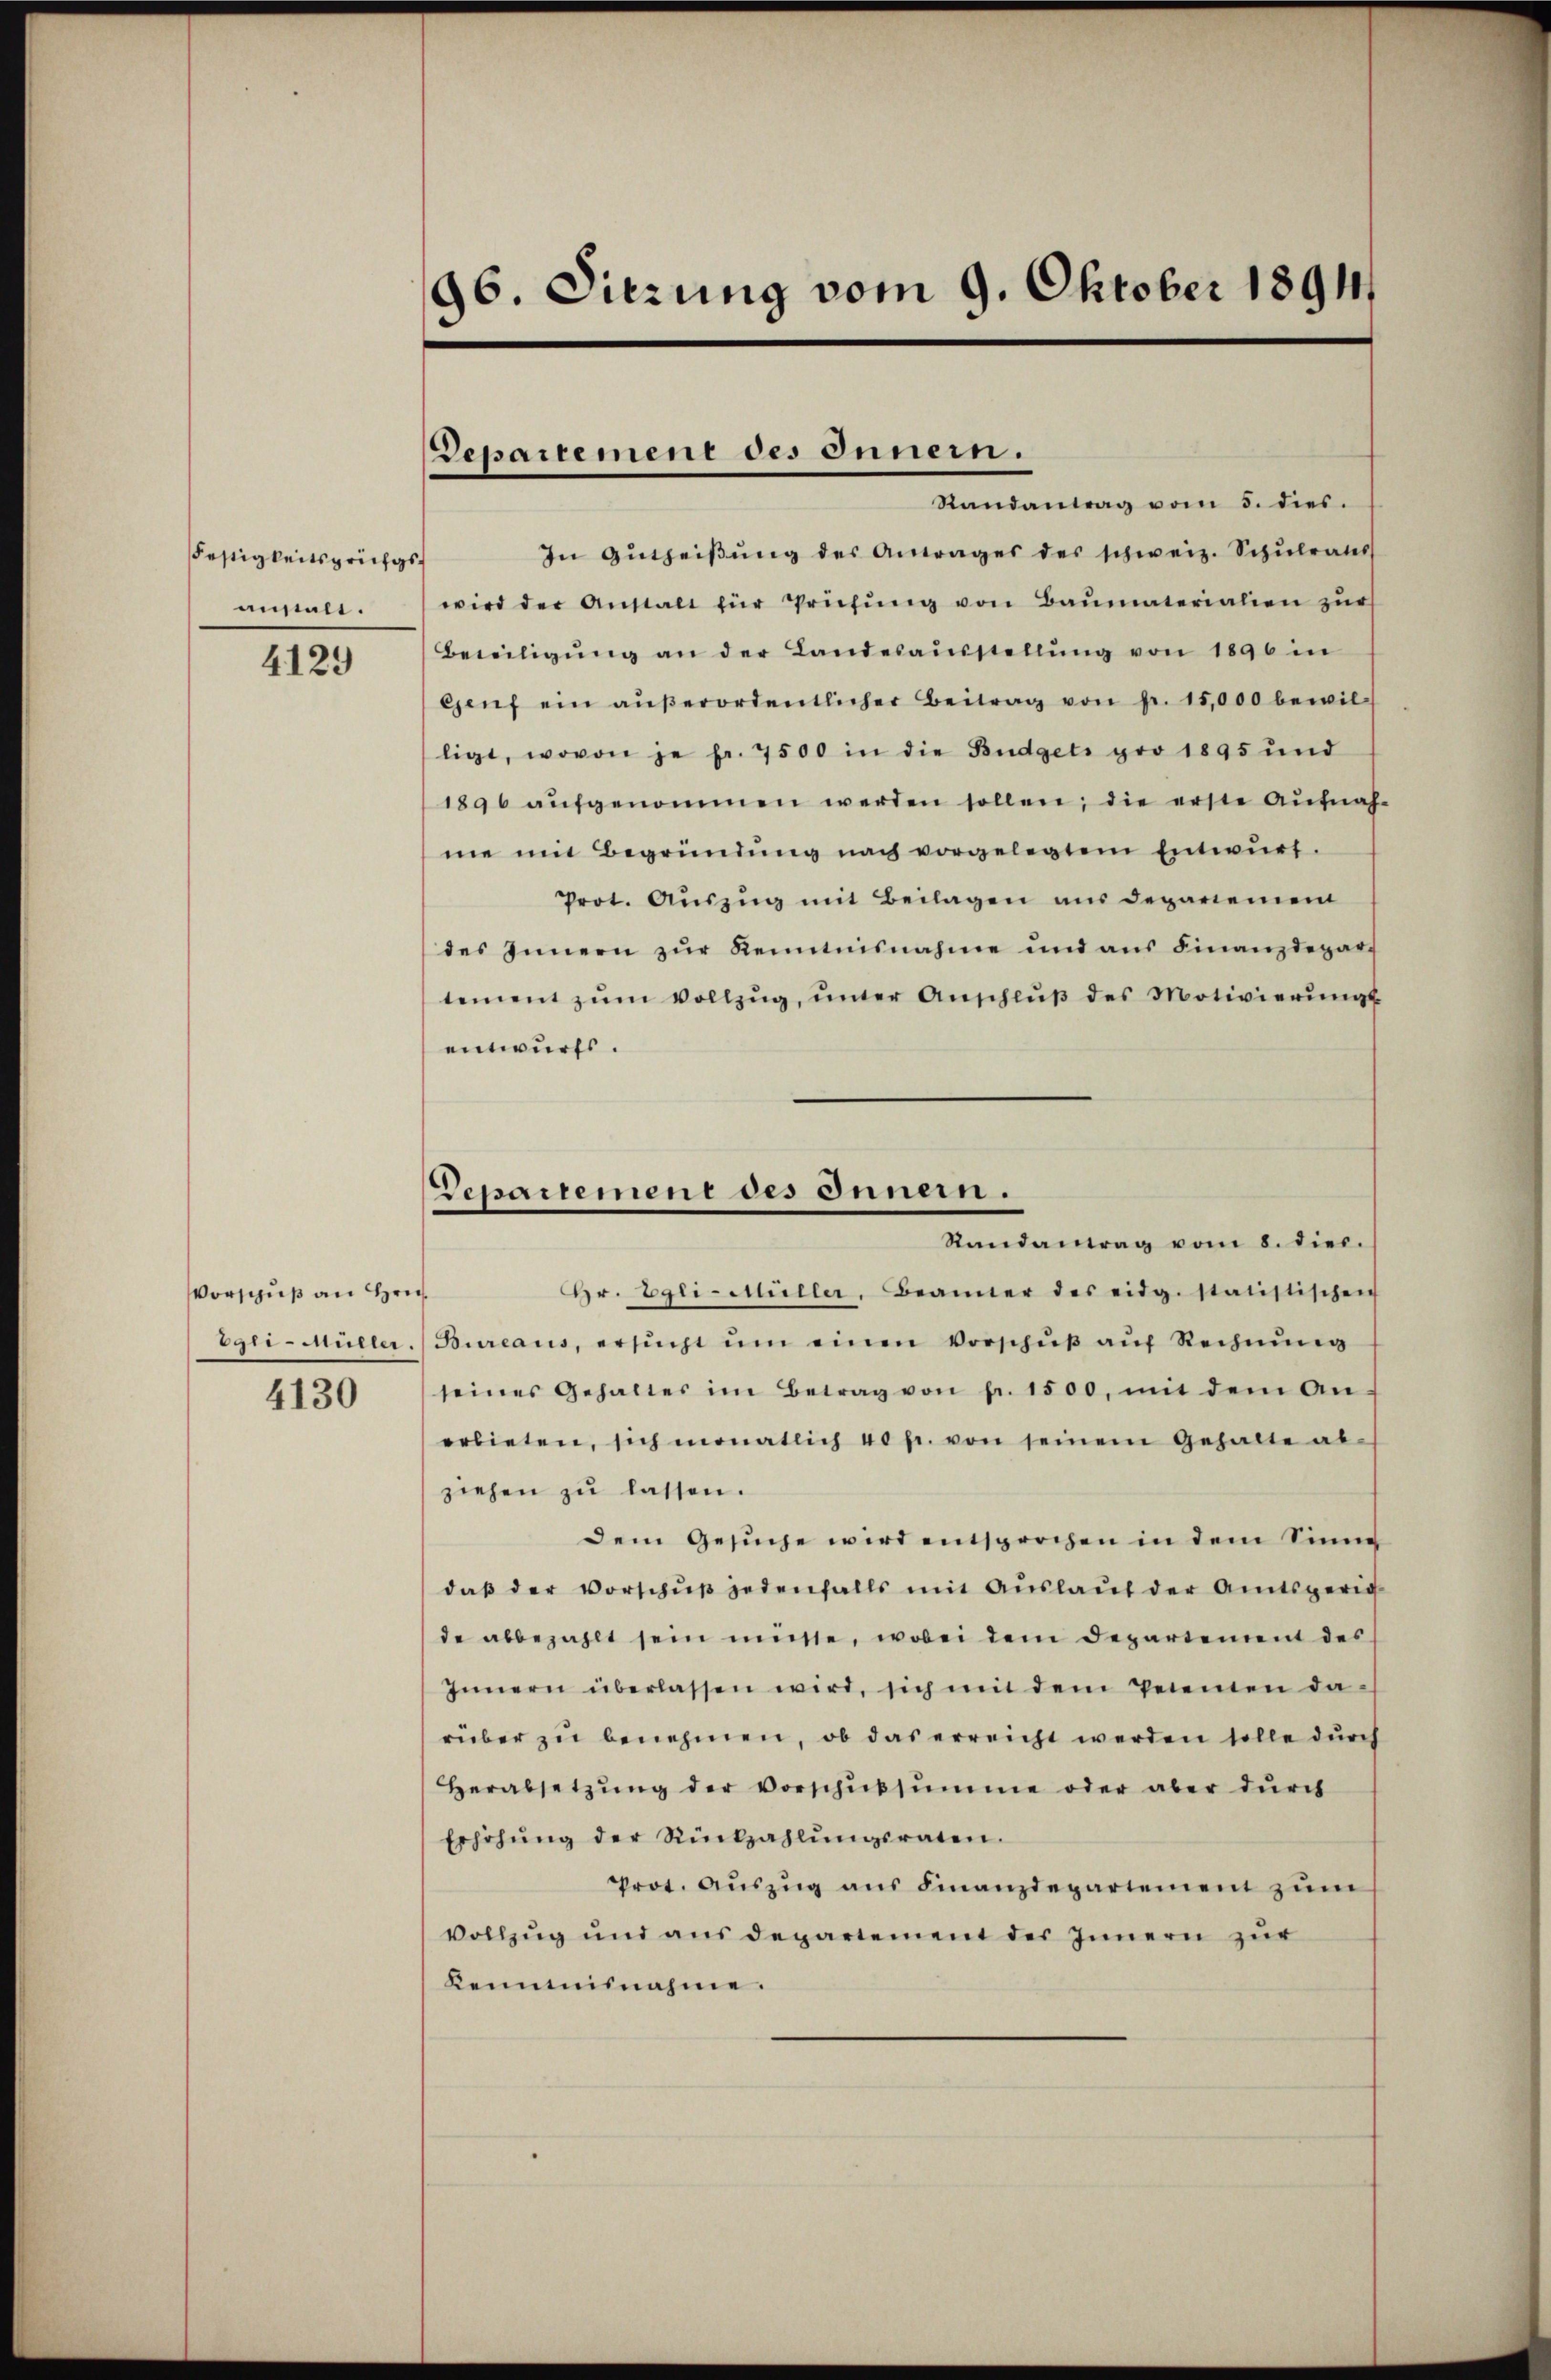
Festigkeitsprifgsanstalt.

4129

Vorschuß an Hrn.
Egri-Mülin.

4130

96. Sitzung vom 9. Oktober 1891

In Gŭtheiβŭng des Antrages des schweiz. Schŭlrates
wird der Anstalt für Prüfŭng von Baŭmaterialien zŭr
Beweiligŭng an der Landesaŭsstellŭng von 1896 in
Genf ein aŭβerordentlicher Beitrag von pr. 15,000 bewil-
ligt, wovon je fr. 7500 in die Büdgets pro 1895 und
1896 aŭfgenommen werden sollen; die erste Aufnah
me mit Begründŭng nach vorgelegtem Entwŭrf.
Prot. Aŭszŭg mit Beilagen aus departement
des Innern zŭr Kenntnisnahme und ans Finanzdepar-
tement zŭm Vollzŭg, ŭnter Anschlŭβ des Motivierŭngs
entwurfs.
Hr. Egli-Müller. Beanner des eidg. statistischen
f
Bureaus, ersucht um einen Vorschuß auf Rechnung
seines Gehaltes im Betrag von fr. 1500, mit dem An-
erbieten, sich monatlich 40 fr. von seinem Gehalte ab-
ziehen zŭ lassen.
dem Gesuche wird entsprochen in dem Sinne
daβ der Vorschŭβ jedenfalls mit Auslauf der Amtsgerich
de abbezahlt sein müsse, wobei dem Departement des
Innern überlassen wird, sich mit dem Petenen da-
rüber zu benehmen, ob das erreicht werden solle durch
Herabsetzŭng der Vorschŭbsŭmme oder aber dŭrch
Erhöhŭng der Rückzahlŭngsraten.
Prot. Aŭszŭg ans Finanzdepartement zŭm
Vollzug und aus departement des Innern zur
Kemminnahme.

Repartement des Innern.
Randantrag vom 5. dies.

Departement des Innern.
Randantrag vom 8. dies.